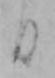
日